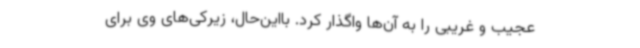
عجیب و غریبی را به آن‌ها واگذار کرد. بااین‌حال، زیرکی‌های وی برای